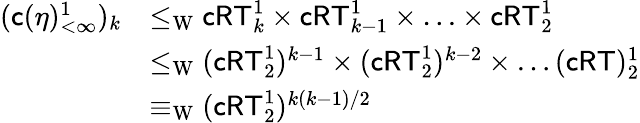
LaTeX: \begin{array}{rl}{(\mathsf{c}(\eta)_{<\infty}^{1})_{k}}&{\leq_{\mathrm{W}}\mathsf{cRT}_{k}^{1}\times\mathsf{cRT}_{k-1}^{1}\times\ldots\times\mathsf{cRT}_{2}^{1}}\\ &{\leq_{\mathrm{W}}(\mathsf{cRT}_{2}^{1})^{k-1}\times(\mathsf{cRT}_{2}^{1})^{k-2}\times\ldots(\mathsf{cRT})_{2}^{1}}\\ &{\equiv_{\mathrm{W}}(\mathsf{cRT}_{2}^{1})^{k(k-1)/2}}\end{array}